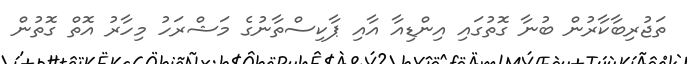
ތަޖުރިބާކާރުން ބުނާ ގޮތުގައި އިންޑިއާ އާއި ޕާކިސްތާނުގެ މަޝްރަހު މިހާރު އޮތް ގޮތުން